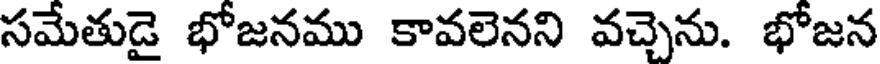
సమేతుడై భోజనము కావలెనని వచ్చెను. భోజన